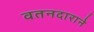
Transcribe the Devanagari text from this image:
वतनदाराने